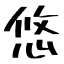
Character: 悠